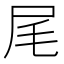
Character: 尾